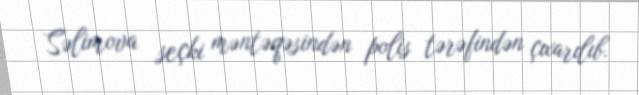
Səlimova seçki məntəqəsindən polis tərəfindən çıxarılıb.